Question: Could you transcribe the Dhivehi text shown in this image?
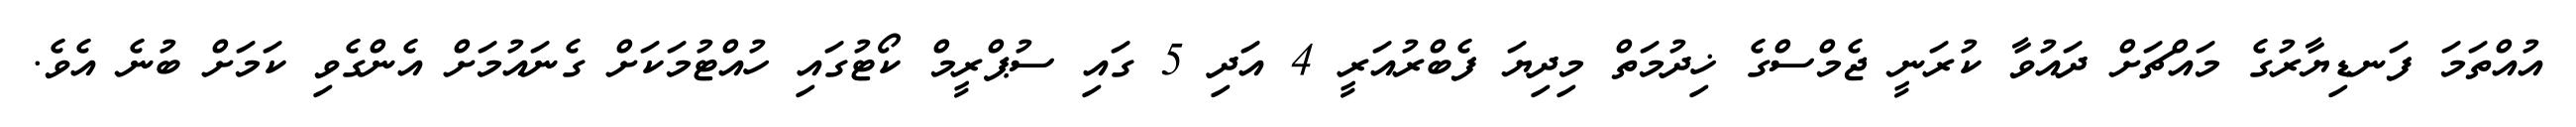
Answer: އުއްތަމަ ފަނޑިޔާރުގެ މައްޗަށް ދައުވާ ކުރަނީ ޖެމްސްގެ ޚިދުމަތް މިދިޔަ ފެބްރުއަރީ 4 އަދި 5 ގައި ސުޕްރީމް ކޯޓުގައި ހުއްޓުމަކަށް ގެނައުމަށް އެންގެވި ކަމަށް ބުނެ އެވެ.